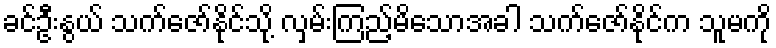
ခင်ဦးနွယ် သက်ဇော်နိုင်သို့ လှမ်းကြည့်မိသောအခါ သက်ဇော်နိုင်က သူမကို